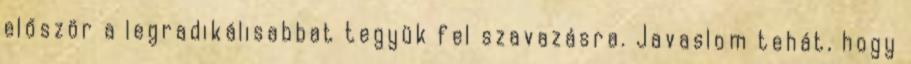
először a legradikálisabbat tegyük fel szavazásra. Javaslom tehát, hogy